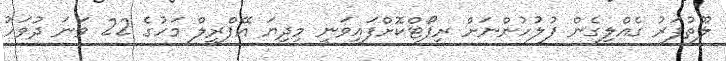
ލޫތުފަރު ގެއްލިގެން ފުލުހުންނަށް ރިޕޯޓްކޮށްފައިވަނީ މިދިޔަ އޭޕްރީލް މަހުގެ 22 ވަނަ ދުވަހު